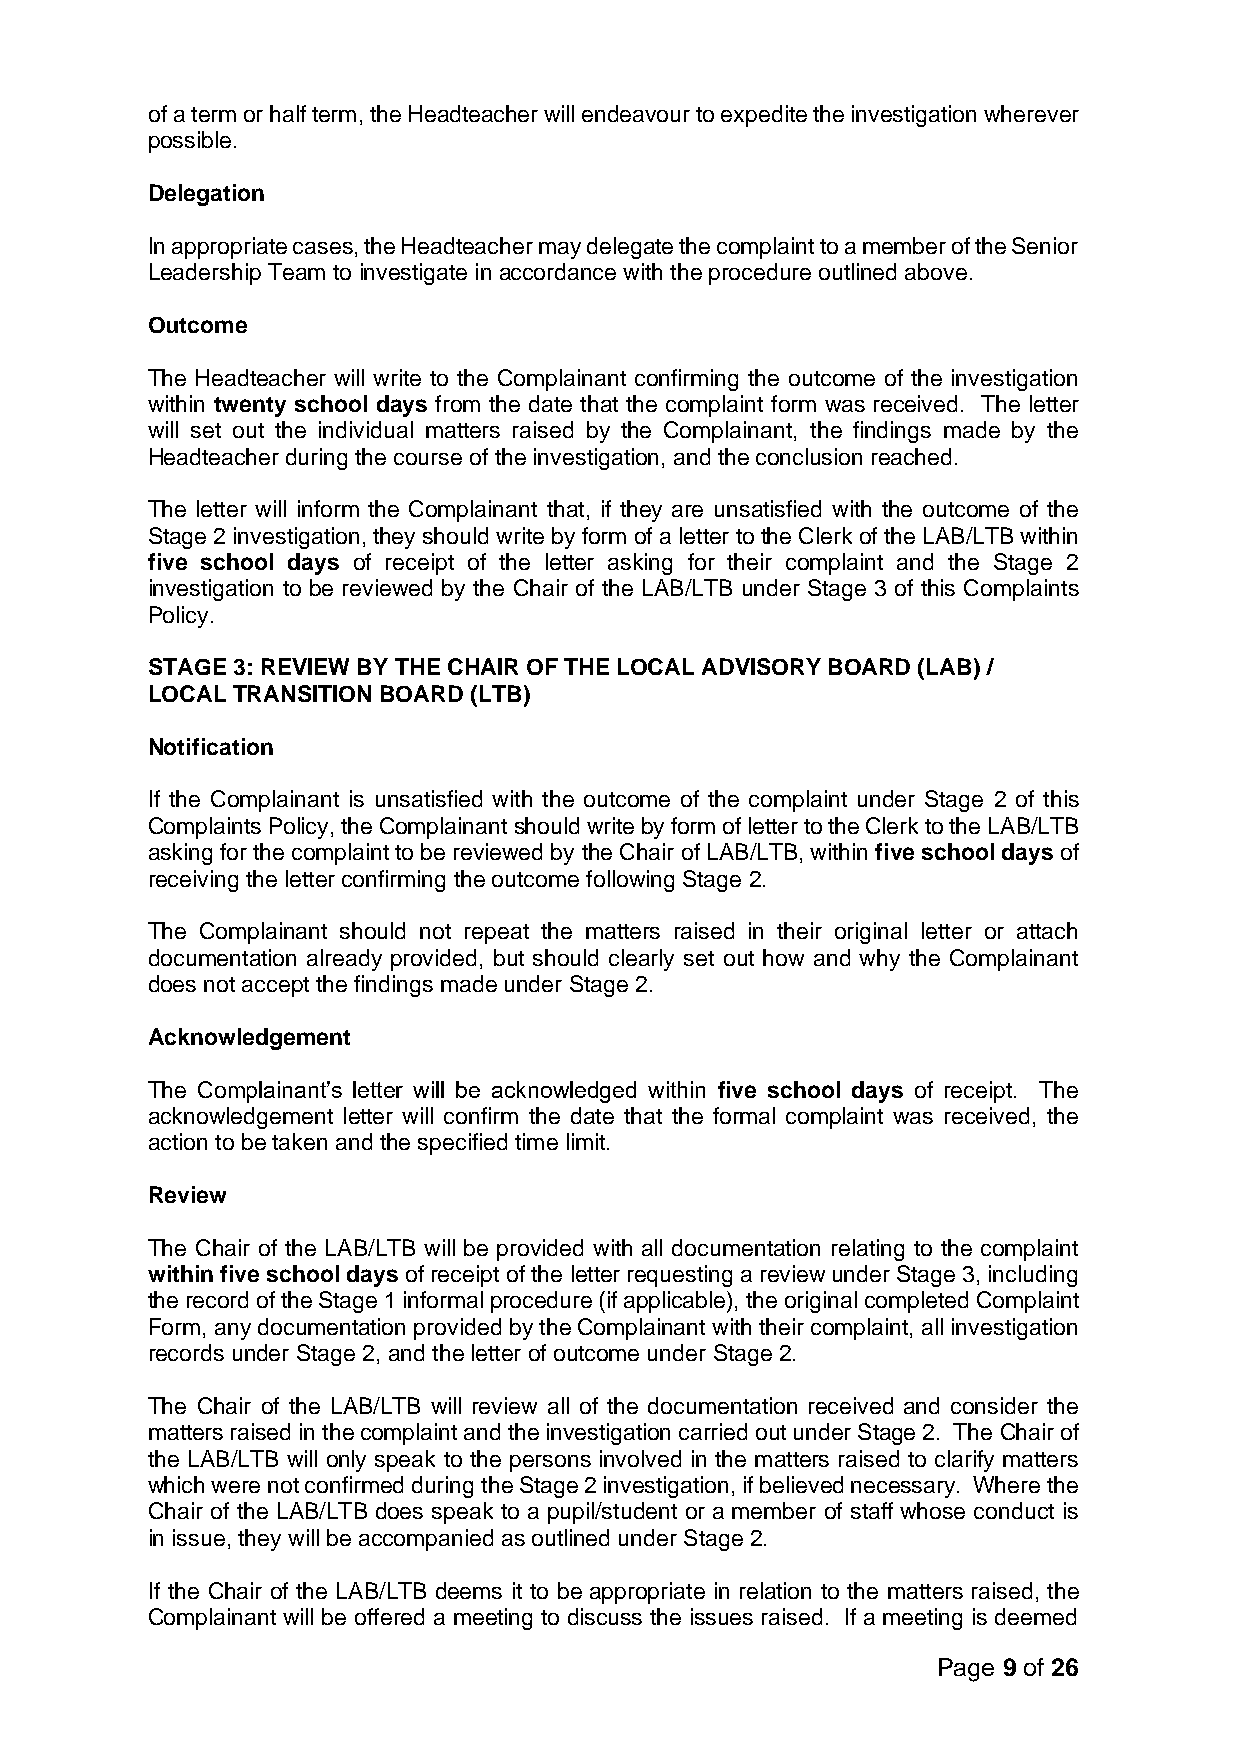
of a term or half term, the Headteacher will endeavour to expedite the investigation wherever
 possible.
 Delegation
 In appropriate cases, the Headteacher may delegate the complaint to a member of the Senior
 Leadership Team to investigate in accordance with the procedure outlined above.
 Outcome
 The Headteacher will write to the Complainant confirming the outcome of the investigation
 within twenty school days from the date that the complaint form was received. The letter
 will set out the individual matters raised by the Complainant, the findings made by the
 Headteacher during the course of the investigation, and the conclusion reached.
 The letter will inform the Complainant that, if they are unsatisfied with the outcome of the
 Stage 2 investigation, they should write by form of a letter to the Clerk of the LAB/LTB within
 five school days of receipt of the letter asking for their complaint and the Stage 2
 investigation to be reviewed by the Chair of the LAB/LTB under Stage 3 of this Complaints
 Policy.
 STAGE 3: REVIEW BY THE CHAIR OF THE LOCAL ADVISORY BOARD (LAB) /
 LOCAL TRANSITION BOARD (LTB)
 Notification
 If the Complainant is unsatisfied with the outcome of the complaint under Stage 2 of this
 Complaints Policy, the Complainant should write by form of letter to the Clerk to the LAB/LTB
 asking for the complaint to be reviewed by the Chair of LAB/LTB, within five school days of
 receiving the letter confirming the outcome following Stage 2.
 The Complainant should not repeat the matters raised in their original letter or attach
 documentation already provided, but should clearly set out how and why the Complainant
 does not accept the findings made under Stage 2.
 Acknowledgement
 The Complainant’s letter will be acknowledged within five school days of receipt. The
 acknowledgement letter will confirm the date that the formal complaint was received, the
 action to be taken and the specified time limit.
 Review
 The Chair of the LAB/LTB will be provided with all documentation relating to the complaint
 within five school days of receipt of the letter requesting a review under Stage 3, including
 the record of the Stage 1 informal procedure (if applicable), the original completed Complaint
 Form, any documentation provided by the Complainant with their complaint, all investigation
 records under Stage 2, and the letter of outcome under Stage 2.
 The Chair of the LAB/LTB will review all of the documentation received and consider the
 matters raised in the complaint and the investigation carried out under Stage 2. The Chair of
 the LAB/LTB will only speak to the persons involved in the matters raised to clarify matters
 which were not confirmed during the Stage 2 investigation, if believed necessary. Where the
 Chair of the LAB/LTB does speak to a pupil/student or a member of staff whose conduct is
 in issue, they will be accompanied as outlined under Stage 2.
 If the Chair of the LAB/LTB deems it to be appropriate in relation to the matters raised, the
 Complainant will be offered a meeting to discuss the issues raised. If a meeting is deemed
 Page 9 of 26